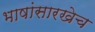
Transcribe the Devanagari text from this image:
भाषांसारखेच